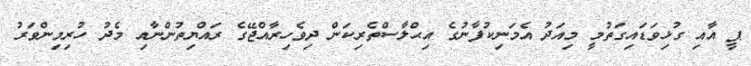
ޕީ އާއި ގުޅިވަޑައިގަތުމީ މިއަދު އެމަނިކުފާނުގެ އިޙްލާސްތެރިކަން ދިވެހިރާއްޖޭގެ ރައްޔިތުންނާއި މެދު ހުރިމިންވަރު